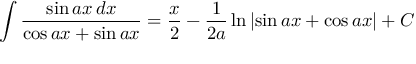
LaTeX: \int { \frac { \sin a x \, d x } { \cos a x + \sin a x } } = { \frac { x } { 2 } } - { \frac { 1 } { 2 a } } \ln \left| \sin a x + \cos a x \right| + C